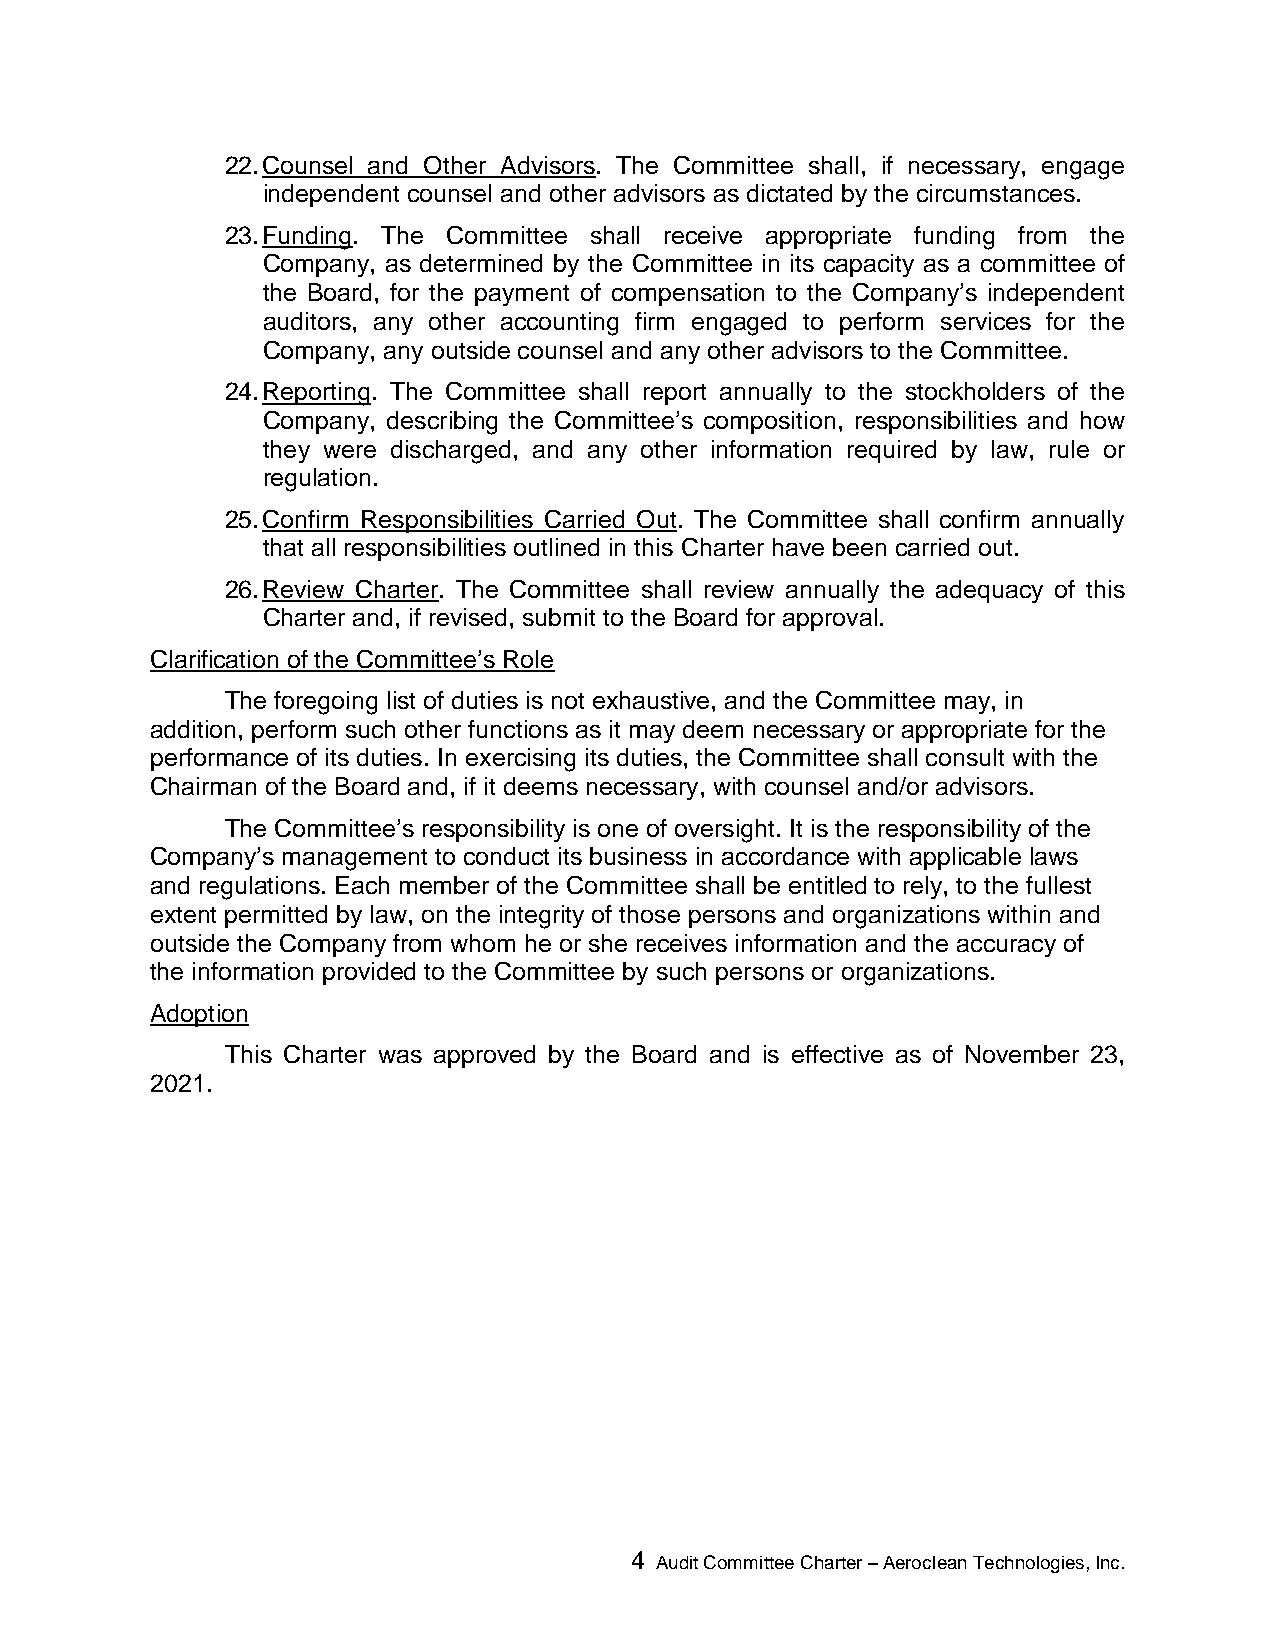
22. Counsel and Other Advisors. The Committee shall, if necessary, engage
 independent counsel and other advisors as dictated by the circumstances.
 23. Funding. The Committee shall receive appropriate funding from the
 Company, as determined by the Committee in its capacity as a committee of
 the Board, for the payment of compensation to the Company’s independent
 auditors, any other accounting firm engaged to perform services for the
 Company, any outside counsel and any other advisors to the Committee.
 24. Reporting. The Committee shall report annually to the stockholders of the
 Company, describing the Committee’s composition, responsibilities and how
 they were discharged, and any other information required by law, rule or
 regulation.
 25. Confirm Responsibilities Carried Out. The Committee shall confirm annually
 that all responsibilities outlined in this Charter have been carried out.
 26. Review Charter. The Committee shall review annually the adequacy of this
 Charter and, if revised, submit to the Board for approval.
 Clarification of the Committee’s Role
 The foregoing list of duties is not exhaustive, and the Committee may, in
 addition, perform such other functions as it may deem necessary or appropriate for the
 performance of its duties. In exercising its duties, the Committee shall consult with the
 Chairman of the Board and, if it deems necessary, with counsel and/or advisors.
 The Committee’s responsibility is one of oversight. It is the responsibility of the
 Company’s management to conduct its business in accordance with applicable laws
 and regulations. Each member of the Committee shall be entitled to rely, to the fullest
 extent permitted by law, on the integrity of those persons and organizations within and
 outside the Company from whom he or she receives information and the accuracy of
 the information provided to the Committee by such persons or organizations.
 Adoption
 This Charter was approved by the Board and is effective as of November 23,
 2021.
 4 Audit Committee Charter – Aeroclean Technologies, Inc.